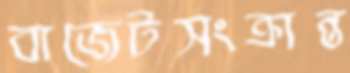
বাজেটসংক্রান্ত